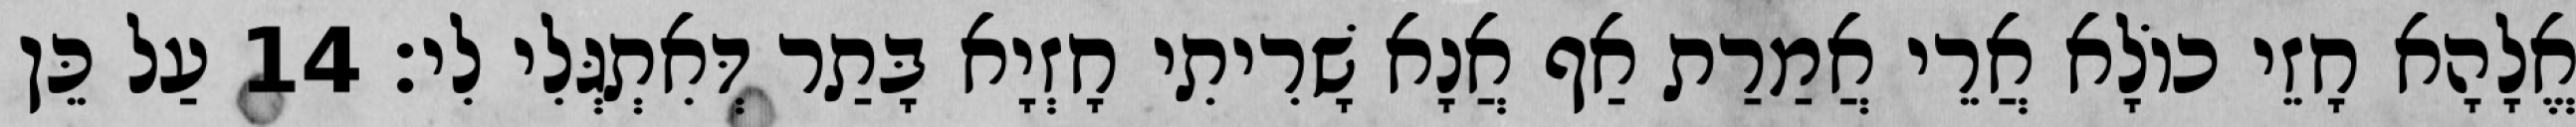
אֱלָהָא חָזֵי כוֹלָא אֲרֵי אֲמַרַת אַף אֲנָא שָׁרִיתִי חָזְיָא בָּתַר דְּאִתְגְּלִי לִי׃ 14 עַל כֵּן